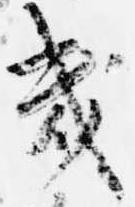
幾